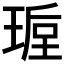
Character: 𭹩